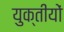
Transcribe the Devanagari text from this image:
युक्तीयों